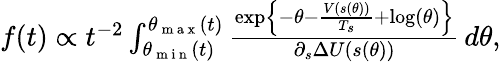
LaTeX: \begin{array}{r}{f(t)\propto t^{-2}\int_{\theta_{\mathrm{~m~i~n~}}(t)}^{\theta_{\mathrm{~m~a~x~}}(t)}\frac{\exp\left\{ -\theta-\frac{V(s(\theta))}{T_{s}}+\log\left(\theta\right)\right\} }{\partial_{s}\Delta U(s(\theta))}\, d\theta,}\end{array}